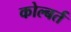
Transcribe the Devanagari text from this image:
कोल्बर्त